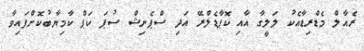
ރެއާލް މެޑްރިޑާއެކު ލަލީގާ އާއި ކޮޕާޑެލްރޭ އަދި ސްޕެނިޝް ސުޕަ ކަޕް ކާމިޔާބުކޮށްފައިވާ